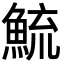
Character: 鯍